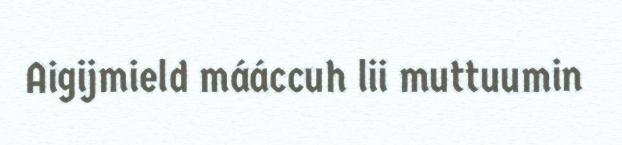
Aigijmield mááccuh lii muttuumin